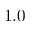
1 . 0